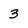
Character: 3